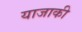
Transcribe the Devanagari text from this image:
याजाकी